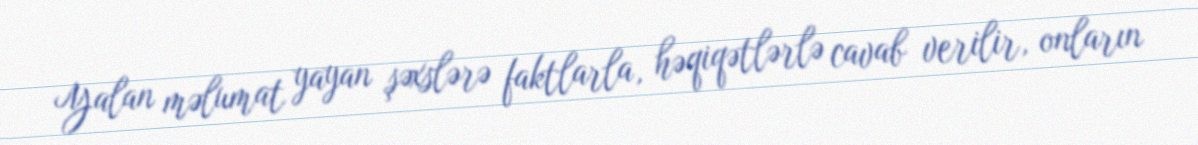
Yalan məlumat yayan şəxslərə faktlarla, həqiqətlərlə cavab verilir, onların